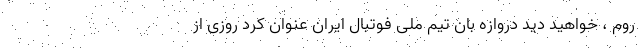
روم ، خواهید دید دروازه بان تیم ملی فوتبال ایران عنوان کرد روزی از